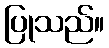
ပြုသည်။